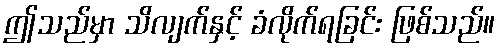
ဤသည်မှာ သိလျက်နှင့် ခံလိုက်ရခြင်း ဖြစ်သည်။